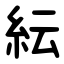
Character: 紜